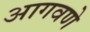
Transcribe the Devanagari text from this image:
आगवणे